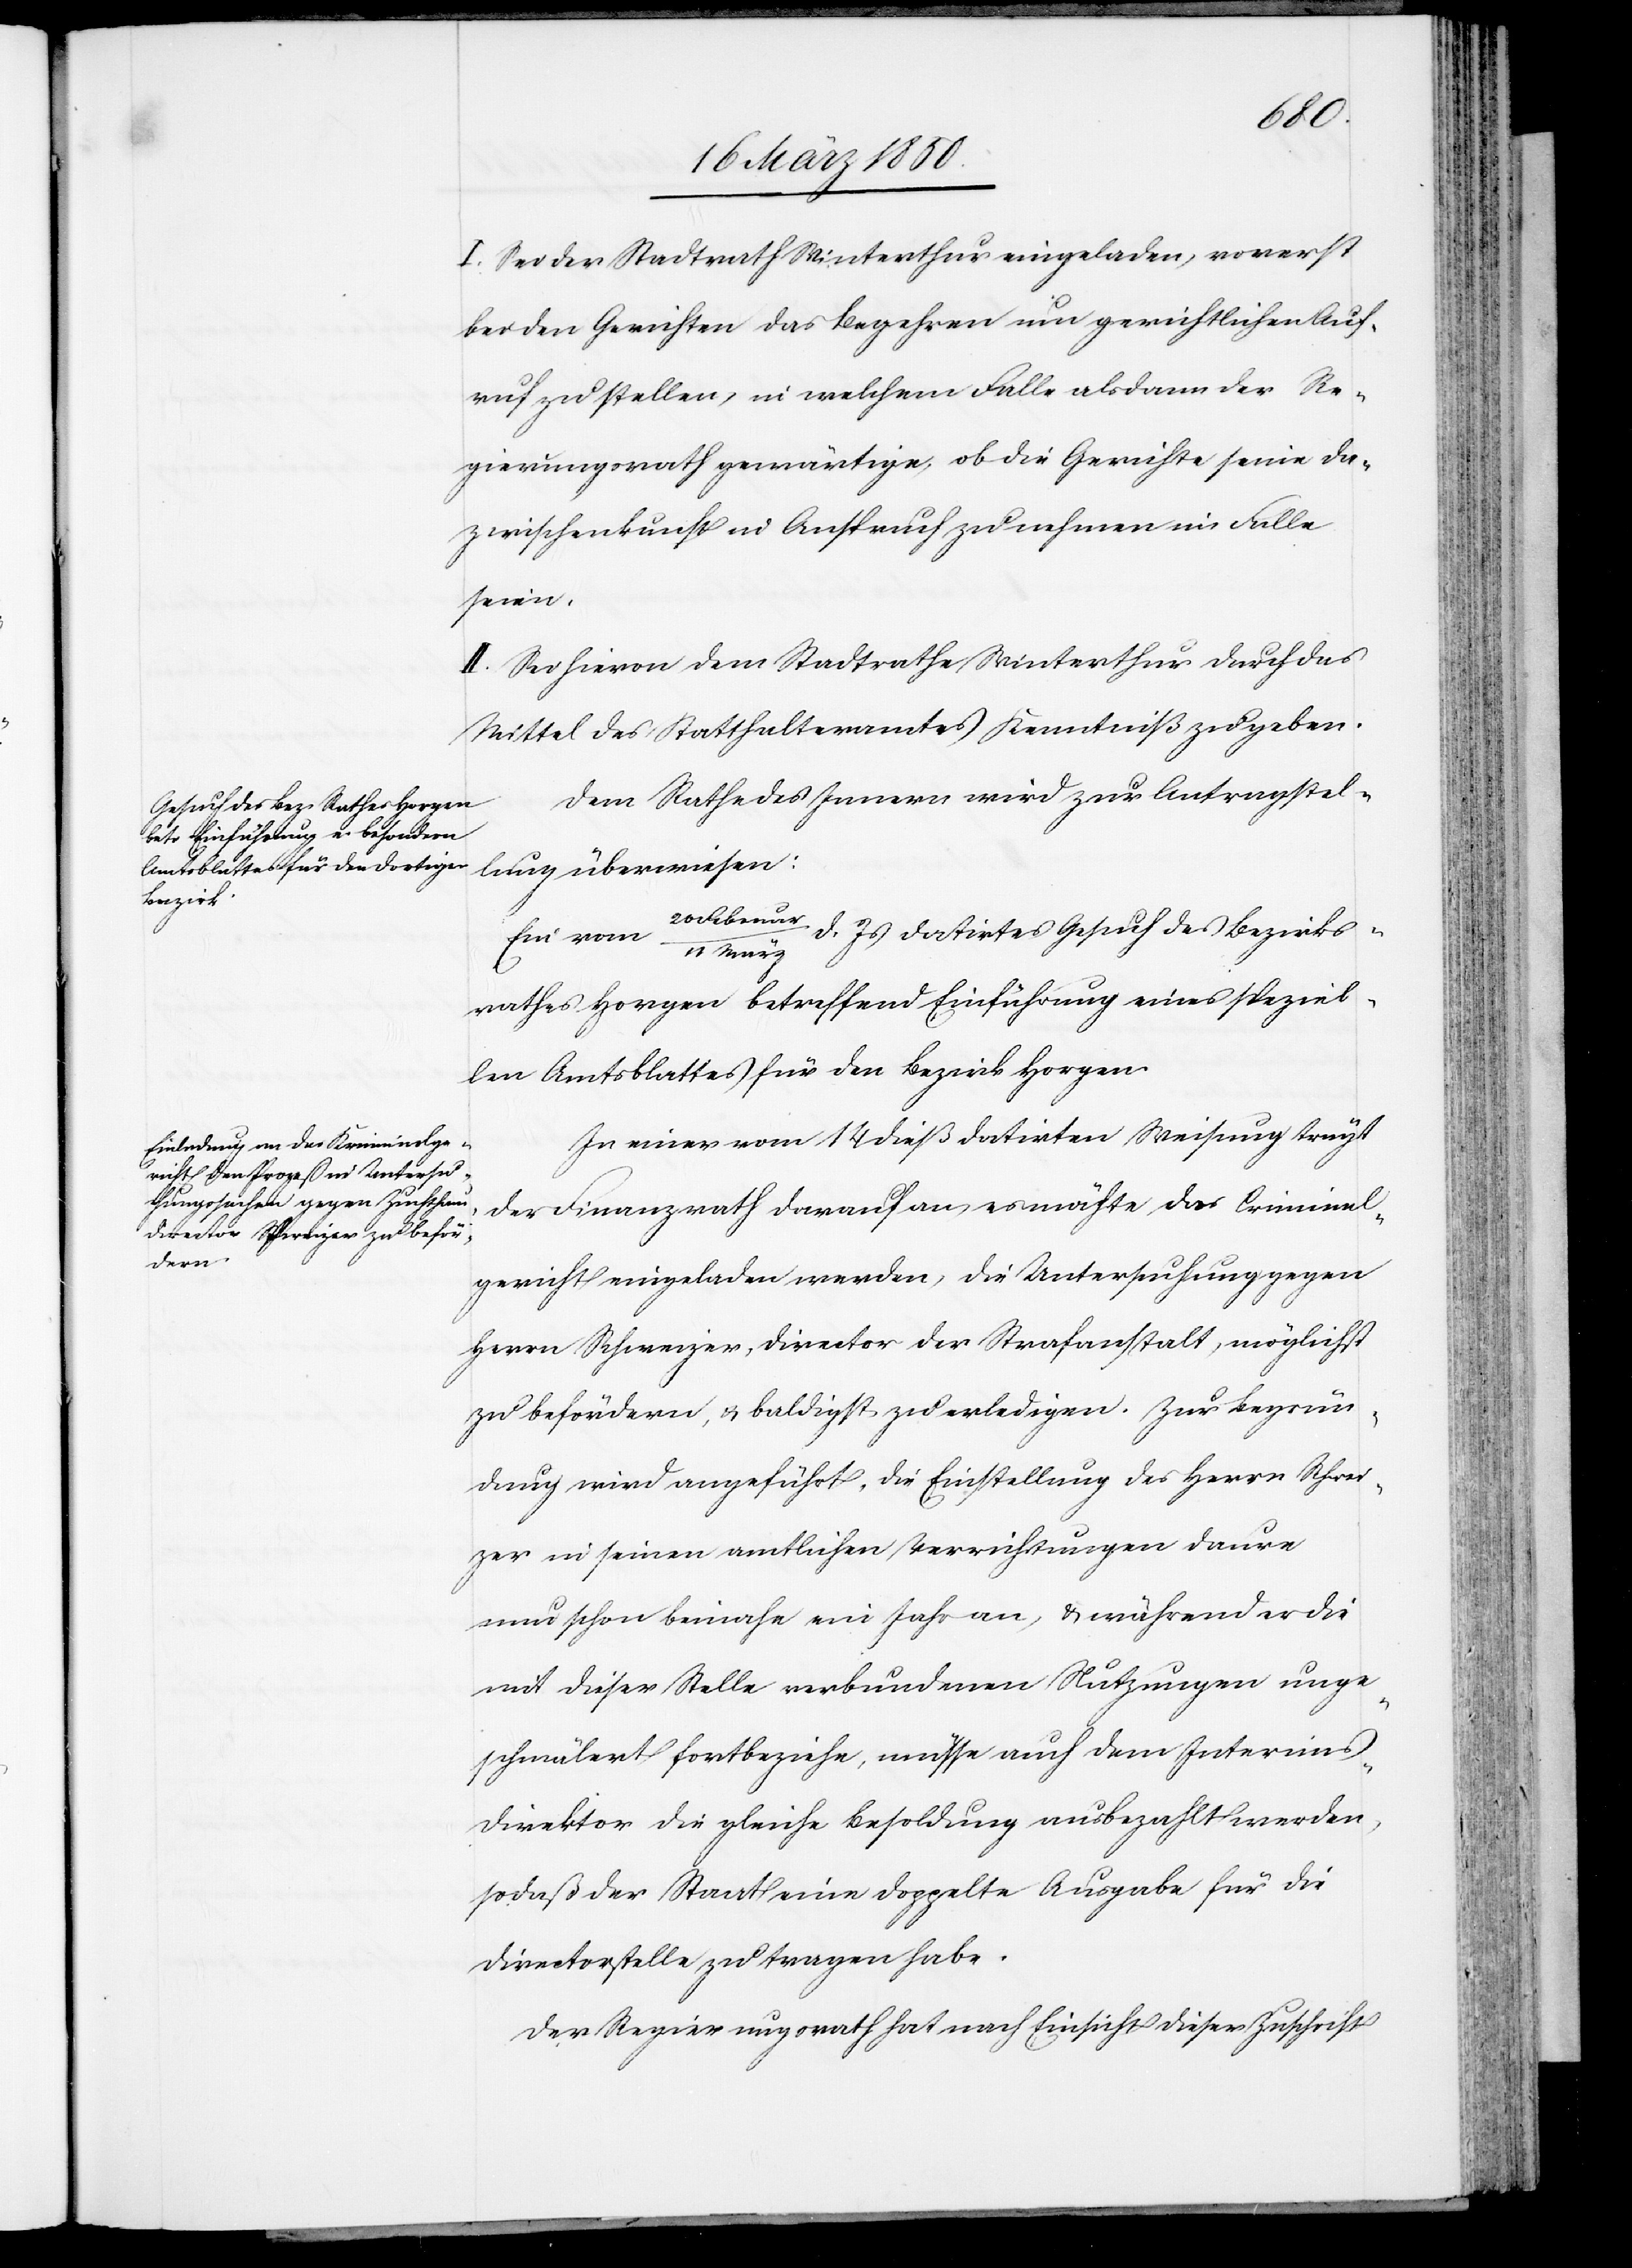
I. Sei der Stadtrath Winterthur eingeladen, vorerst
bei den Gerichten das Begehren um gerichtlichen Auf¬
ruf zu stellen, in welchem Falle alsdann der Re¬
gierungsrath gewärtige, ob die Gerichte seine Da¬
zwischenkunft in Anspruch zu nehmen im Falle
seien.
II. Sei hievon dem Stadtrathe Winterthur durch das
Mittel des Statthalteramtes Kenntniß zu geben.
Dem Rathe des Innern wird zur Antragstel¬
lung überwiesen:
d. Js datirtes Gesuch des Bezirks¬
Ein vom
rathes Horgen betreffend Einführung eines speziel¬
len Amtsblattes für den Bezirk Horgen.
In einer vom 14 dieß datirten Weisung trägt
der Finanzrath darauf an, es möchte das Criminal¬
gericht eingeladen werden, die Untersuchung gegen
Herrn Schweizer, Director der Strafanstalt, möglichst
zu befördern, u. baldigst zu erledigen. Zur Begrün¬
dung wird angeführt, die Einstellung des Herrn Schwei¬
zer in seinen amtlichen Verrichtungen daure
nun schon beinahe ein Jahr an, u. während er die
mit dieser Stelle verbundenen Nutzungen unge¬
schmälert fortbeziehe, müsse auch dem Interim¬
s-Direktor die gleiche Besoldung ausbezahlt werden,
sodaß der Staat eine doppelte Ausgabe für die
Directorstelle zu tragen habe.
Der Regierungsrath hat nach Einsicht dieser Zuschrift